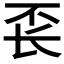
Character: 𰿖